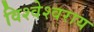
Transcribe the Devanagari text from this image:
विश्वेश्वराय